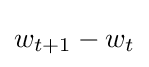
w_{t+1}-w_{t}